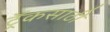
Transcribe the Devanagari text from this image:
ट्रॅकसाठी